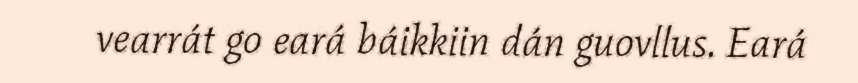
vearrát go eará báikkiin dán guovllus. Eará